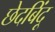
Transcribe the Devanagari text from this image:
छेदबिंदू